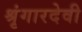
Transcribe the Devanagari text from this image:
श्रृंगारदेवी